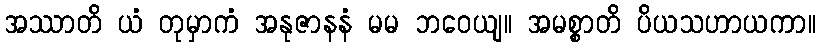
အဿာတိ ယံ တုမှာကံ အနုဇာနနံ မမ ဘဝေယျ။ အမစ္စာတိ ပိယသဟာယကာ။